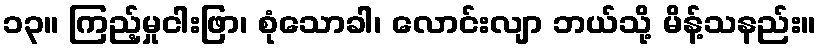
၁၃။ ကြည့်မှုငါးဖြာ၊ စုံသောခါ၊ လောင်းလျာ ဘယ်သို့ မိန့်သနည်း။